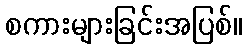
စကားများခြင်းအပြစ်။